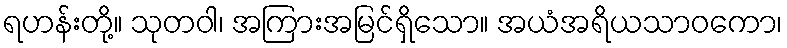
ရဟန်းတို့။ သုတဝါ၊ အကြားအမြင်ရှိသော။ အယံအရိယသာဝကော၊